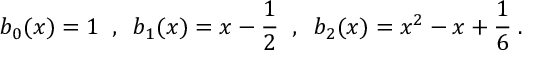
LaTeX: b _ { 0 } ( x ) = 1 \; \; , \; \; b _ { 1 } ( x ) = x - \frac { 1 } { 2 } \; \; , \; \; b _ { 2 } ( x ) = x ^ { 2 } - x + \frac { 1 } { 6 } \; .